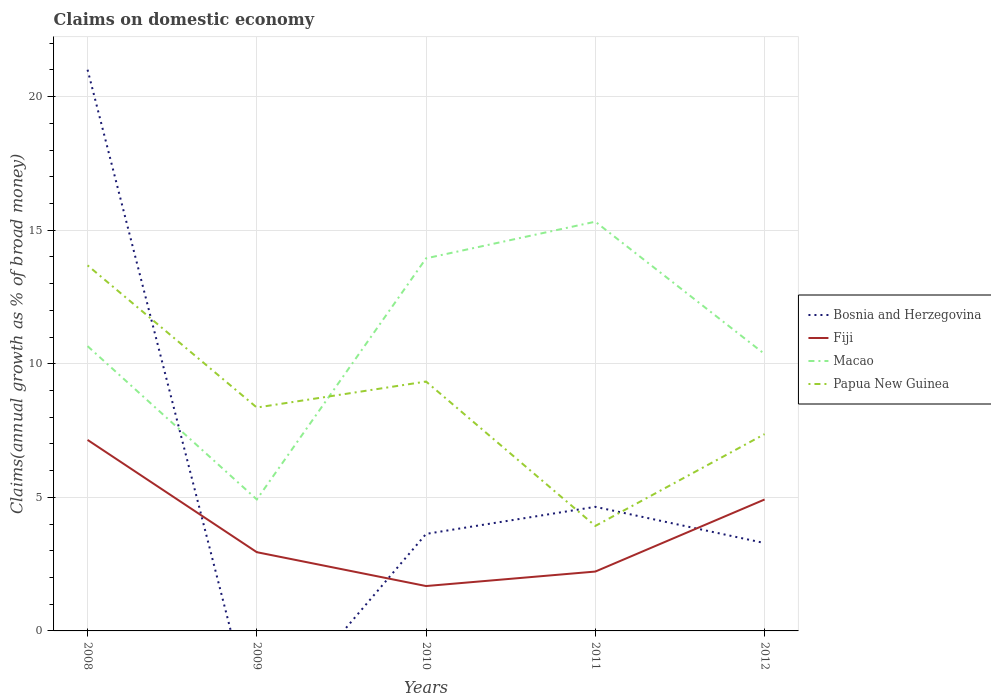
| Years | Bosnia and Herzegovina | Fiji | Macao | Papua New Guinea |
 | --- | --- | --- | --- | --- |
 | 2008 | 21 | 7.15 | 10.7 | 13.7 |
 | 2009 | -3.81 | 2.95 | 4.92 | 8.36 |
 | 2010 | 3.63 | 1.68 | 13.9 | 9.33 |
 | 2011 | 4.64 | 2.22 | 15.3 | 3.93 |
 | 2012 | 3.29 | 4.92 | 10.4 | 7.37 |